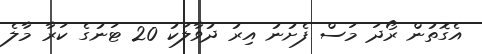
އެގޮތުން ރޯދަ މަސް ފެށުނު އިރު ދުވާލަކު 20 ޓަނުގެ ކަރާ މާލެ